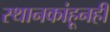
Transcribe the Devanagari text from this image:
स्थानकांहूनही